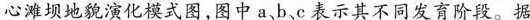
心滩坝地貌演化模式图，图中a、b、c表示其不同发育阶段。据